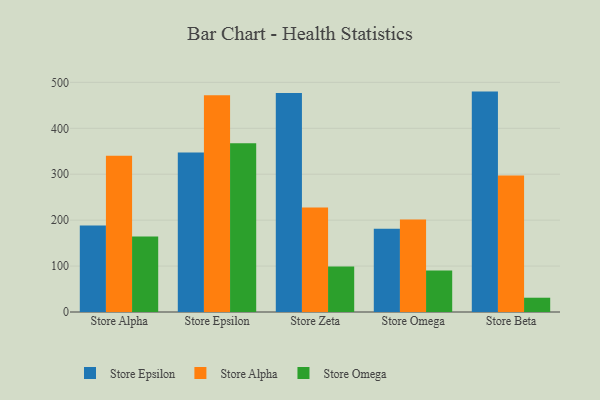
{"axis": {"x": "Store", "y": "Revenue (USD Million)"}, "legend": ["Store Alpha", "Store Epsilon", "Store Omega"], "data": [{"x": "Store Alpha", "y": 188.3, "type": "Store Epsilon"}, {"x": "Store Alpha", "y": 340.4, "type": "Store Alpha"}, {"x": "Store Alpha", "y": 164.2, "type": "Store Omega"}, {"x": "Store Epsilon", "y": 347.4, "type": "Store Epsilon"}, {"x": "Store Epsilon", "y": 472.0, "type": "Store Alpha"}, {"x": "Store Epsilon", "y": 367.4, "type": "Store Omega"}, {"x": "Store Zeta", "y": 476.6, "type": "Store Epsilon"}, {"x": "Store Zeta", "y": 227.5, "type": "Store Alpha"}, {"x": "Store Zeta", "y": 99.1, "type": "Store Omega"}, {"x": "Store Omega", "y": 181.0, "type": "Store Epsilon"}, {"x": "Store Omega", "y": 201.4, "type": "Store Alpha"}, {"x": "Store Omega", "y": 90.6, "type": "Store Omega"}, {"x": "Store Beta", "y": 479.9, "type": "Store Epsilon"}, {"x": "Store Beta", "y": 297.1, "type": "Store Alpha"}, {"x": "Store Beta", "y": 31.1, "type": "Store Omega"}]}